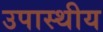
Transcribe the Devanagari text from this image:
उपास्थीय